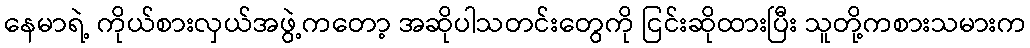
နေမာရဲ့ ကိုယ်စားလှယ်အဖွဲ့ကတော့ အဆိုပါသတင်းတွေကို ငြင်းဆိုထားပြီး သူတို့ကစားသမားက